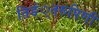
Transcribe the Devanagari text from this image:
तिङं्तरूपिणी